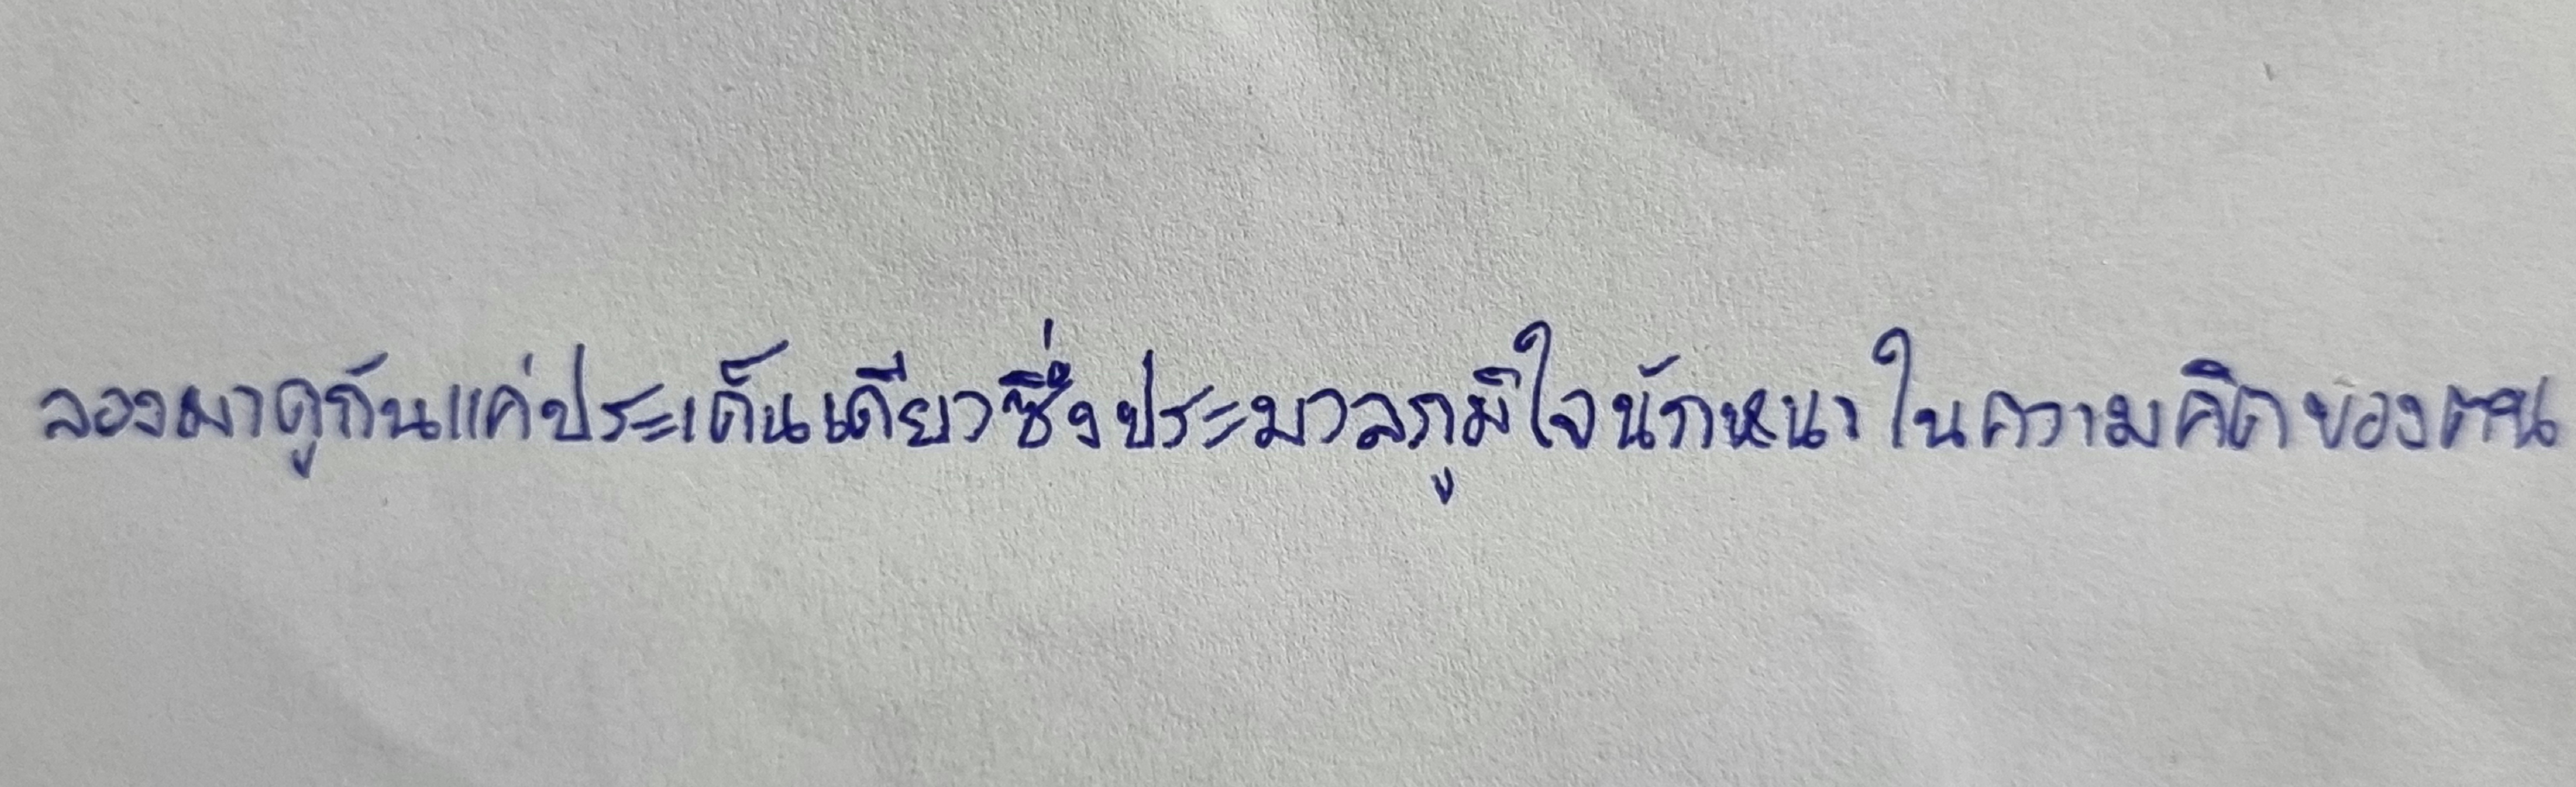
ลองมาดูกันแค่ประเด็นเดียวซึ่งประมวลภูมิใจนักหนาในความคิดของตน